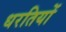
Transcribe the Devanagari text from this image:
धरतियों